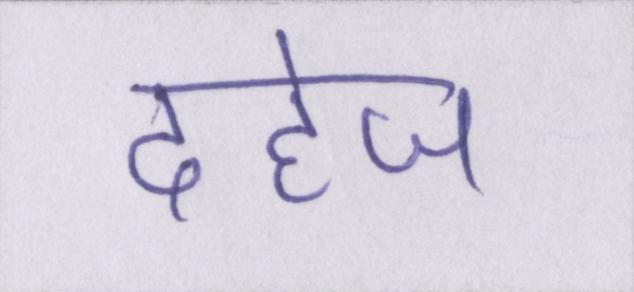
दहेज